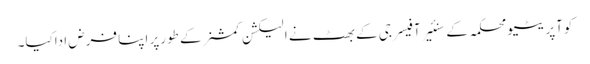
کوآپریٹیو محکمہ کے سنئیر آفیسر جی کے بھٹ نے الیکشن کمشنر کے طورپر اپنا فرض اداکیا۔